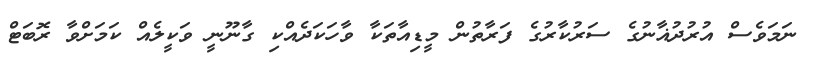
ނަމަވެސް އުރުދުޣާނުގެ ސަރުކާރުގެ ފަރާތުން މީޑިއާތަކާ ވާހަކަދެއްކި ގާނޫނީ ވަކީލެއް ކަމަށްވާ ރޮބަޓް